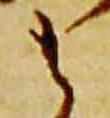
之